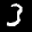
Label: 3